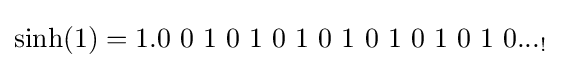
\sinh(1)=1.0\ 0\ 1\ 0\ 1\ 0\ 1\ 0\ 1\ 0\ 1\ 0\ 1\ 0\ 1\ 0..._{!}